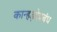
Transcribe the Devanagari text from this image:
कान्हड़देप्रबंध